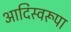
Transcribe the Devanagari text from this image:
आदिस्वरूपा